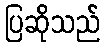
ပြဆိုသည်